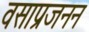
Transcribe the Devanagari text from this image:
वसाप्रजनन